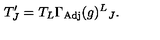
T _ { J } ^ { \prime } = T _ { L } \Gamma _ { \mathrm { A d j } } ( g ) ^ { L } { } _ { J } .